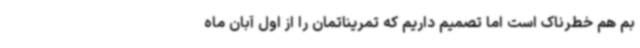
بم هم خطرناک است اما تصمیم داریم که تمریناتمان را از اول آبان ماه